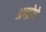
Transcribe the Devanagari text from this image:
अन्द्रोगें